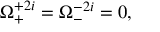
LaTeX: \Omega _ { + } ^ { + 2 i } = \Omega _ { - } ^ { - 2 i } = 0 ,